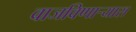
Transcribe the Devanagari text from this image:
वाजविणाऱ्यास